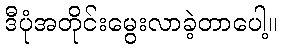
ဒီပုံအတိုင်းမွေးလာခဲ့တာပေါ့။